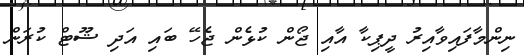
ނިންމާފައިވާއިރު ދީޕިކާ އާއި ޖޯން ކުޅެން ޖެހޭ ބައި އަދި ޝޫޓް ކުރަން